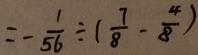
= - \frac { 1 } { 5 6 } \div ( \frac { 7 } { 8 } - \frac { 4 } { 8 } )